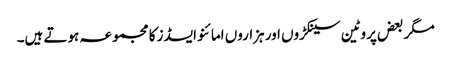
مگر بعض پروٹین سینکڑوں اور ہزاروں امائنو ایسڈز کا مجموعہ ہوتے ہیں۔